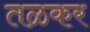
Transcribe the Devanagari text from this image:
तळकर